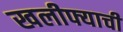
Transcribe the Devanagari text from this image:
खलीफ्याची